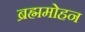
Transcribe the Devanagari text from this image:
ब्रह्ममोहन